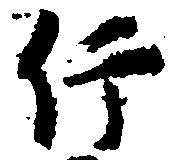
行